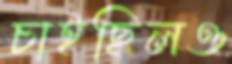
চাইছিলও